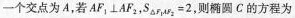
一个交点为A，若$$AF_{1} \perp AF_{2}$$，$$S_{\Delta F_{1}AF_{2}}=2$$，则椭圆C的方程为